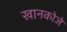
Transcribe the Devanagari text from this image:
खानकोजे